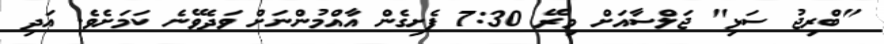
"ބްރިޖު ސަޅި" ޖަލްސާއަށް މިރޭ 7:30 ފެށިގެން އާއްމުންނަށް ވަދެވޭނެ ކަމަށެވެ. އަދި